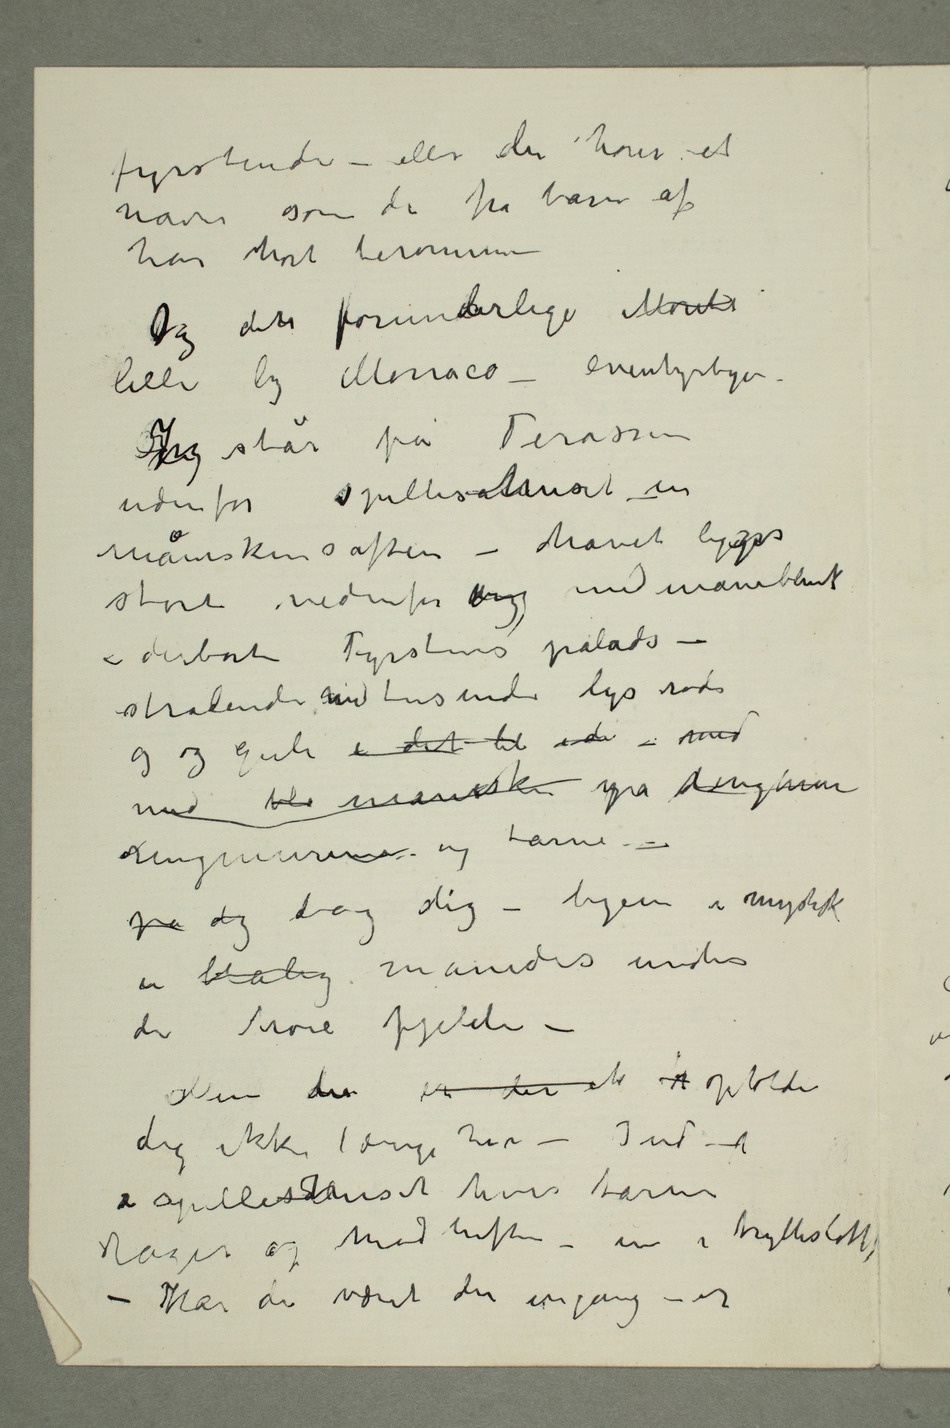
fyrstinde – eller du hører et
navn som du fra barn af
har hørt berømme –
lille by Monaco – eventyrbyen
Jeg står på Terassen
udenfor spillesalhuset –en
måneskinsaften – havet ligger
stort nedenfor mig med
– derborte Fyrstens palads –
strålende med tusinde lys røde
og og gule i det lil i de – med
med bli måneskin på dønningerne
ringmurene og tårne –
på dig bag dig – byen i mystisk
en blålig månedis under
de høie fjelde –
Men du er der ik  opholder
dig ikke længe her – Ind i
i spillesalhuset hvis tårne
rager op mod luften – in i trylleslottet
– Har du været der engang – er